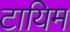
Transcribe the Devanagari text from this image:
टायिम